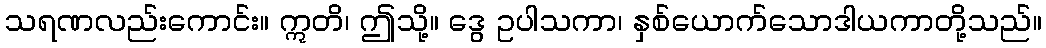
သရဏလည်းကောင်း။ ဣတိ၊ ဤသို့။ ဒွေ ဥပါသကာ၊ နှစ်ယောက်သောဒါယကာတို့သည်။